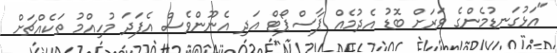
"އަޅުގަނޑުމެންގެ ވަރަށް ބޮޑު އެދުމެއް ޕާސްޕޯޓް އަދި އެނޫންވެސް އެފަދަ މުހިއްމު ތަކެއްޗަށް